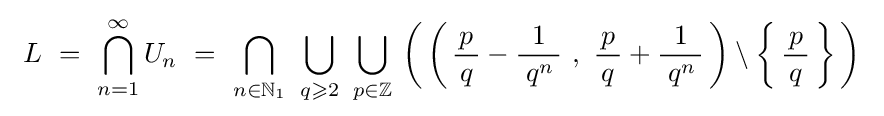
~L~=~\bigcap \limits _{n=1}^{\infty }U_{n}~=~\bigcap \limits _{n\in \mathbb {N} _{1}}~\bigcup \limits _{q\geqslant 2}~\bigcup \limits _{p\in \mathbb {Z} }\,\left(\,\left(\,{\frac {\,p\,}{q}}-{\frac {1}{\;q^{n}\,}}~,~{\frac {\,p\,}{q}}+{\frac {1}{\;q^{n}\,}}\,\right)\setminus \left\{\,{\frac {\,p\,}{q}}\,\right\}\,\right)~